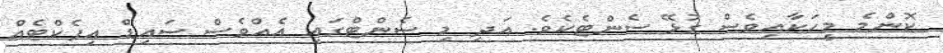
ކޮންމެ މީހަކާއިވެސް ގުޅޭ ސެންޓެކެވެ. އަދި މި ސެންޓްގައި އެއްވެސް ސައިޑް އިފެކްޓެއް